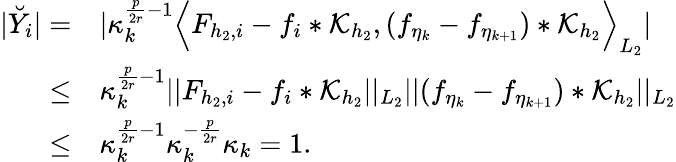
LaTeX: \begin{array}{rl}{\vert\breve{Y}_{i}\vert=}&{\vert\kappa_{k}^{\frac{p}{2r}-1}\Big\langle F_{{h_{2}},i}-f_{i}*\mathcal{K}_{h_{2}},(f_{\eta_{k}}-f_{\eta_{k+1}})*\mathcal{K}_{h_{2}}\Big\rangle_{L_{2}}\vert}\\ {\le}&{\kappa_{k}^{\frac{p}{2r}-1}\vert\vert F_{{h_{2}},i}-f_{i}*\mathcal{K}_{h_{2}}\vert\vert_{L_{2}}\vert\vert(f_{\eta_{k}}-f_{\eta_{k+1}})*\mathcal{K}_{h_{2}}\vert\vert_{L_{2}}}\\ {\le}&{\kappa_{k}^{\frac{p}{2r}-1}\kappa_{k}^{-\frac{p}{2r}}\kappa_{k}=1.}\end{array}